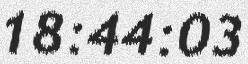
18:44:03